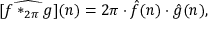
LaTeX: [ { \widehat { f * _ { 2 \pi } g } } ] ( n ) = 2 \pi \cdot { \hat { f } } ( n ) \cdot { \hat { g } } ( n ) ,